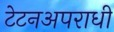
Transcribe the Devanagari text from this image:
टेटनअपराधी